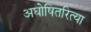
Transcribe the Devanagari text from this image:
अघोषितरित्या